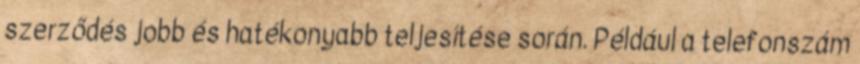
szerződés jobb és hatékonyabb teljesítése során. Például a telefonszám